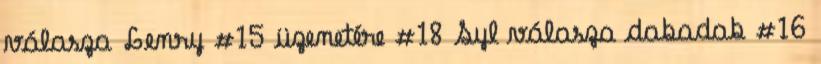
válasza Lenry #15 üzenetére #18 Syl válasza dabadab #16